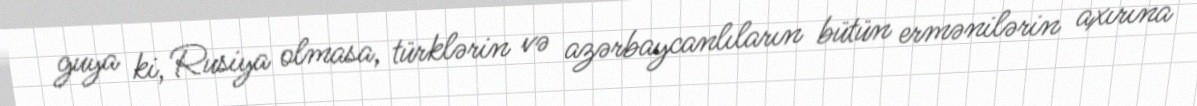
guya ki, Rusiya olmasa, türklərin və azərbaycanlıların bütün ermənilərin axırına